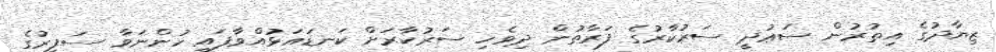
ޒިޔާދުގެ އިތުރުން ސަޢުދީ ސަރުކާރުގެ ފަރާތުން ދިވެހި ސަރުކާރަށް ކަނޑައަޅުއްވާފައި ހުންނަވާ ސަފީރުގެ